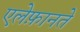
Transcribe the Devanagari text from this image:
एलेफ़ानते